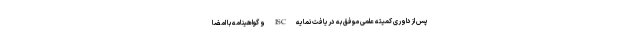
پس ازداوری کمیته علمی موفق به دریافت نمایه ISC و گواهینامه با امضا